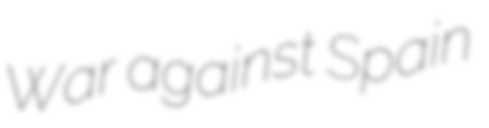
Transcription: War against Spain